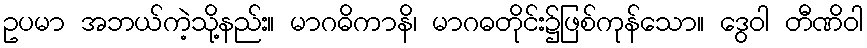
ဥပမာ အဘယ်ကဲ့သို့နည်း။ မာဂဓိကာနိ၊ မာဂဓတိုင်း၌ဖြစ်ကုန်သော။ ဒွေဝါ တီဏိဝါ